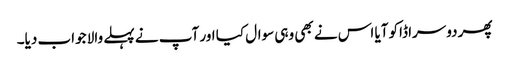
پھر دوسرا ڈاکو آیا اس نے بھی وہی سوال کیا اور آپ نے پہلے والا جواب دیا۔